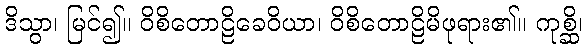
ဒိသွာ၊ မြင်၍။ ဝိစိတောဠိခေဝိယာ၊ ဝိစိတောဠိမိဖုရား၏။ ကုစ္ဆိ၊